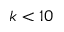
k < 1 0